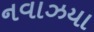
નવાઝયા